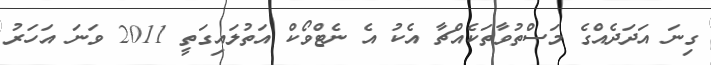
ގިނަ އަދަދެއްގެ މަސްތުވާތަކެއްޗާ އެކު އެ ނެޓްވޯކް އަތުލައިގަތީ 2011 ވަނަ އަހަރު